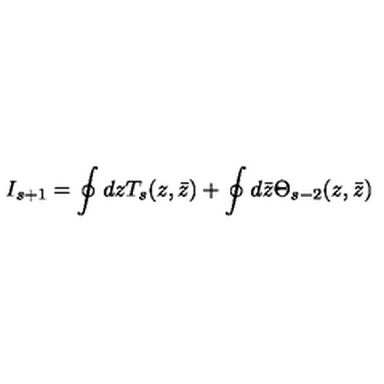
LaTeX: I _ { s + 1 } = \oint d z T _ { s } ( z , \bar { z } ) + \oint d \bar { z } \Theta _ { s - 2 } ( z , \bar { z } )